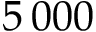
5 \, 0 0 0